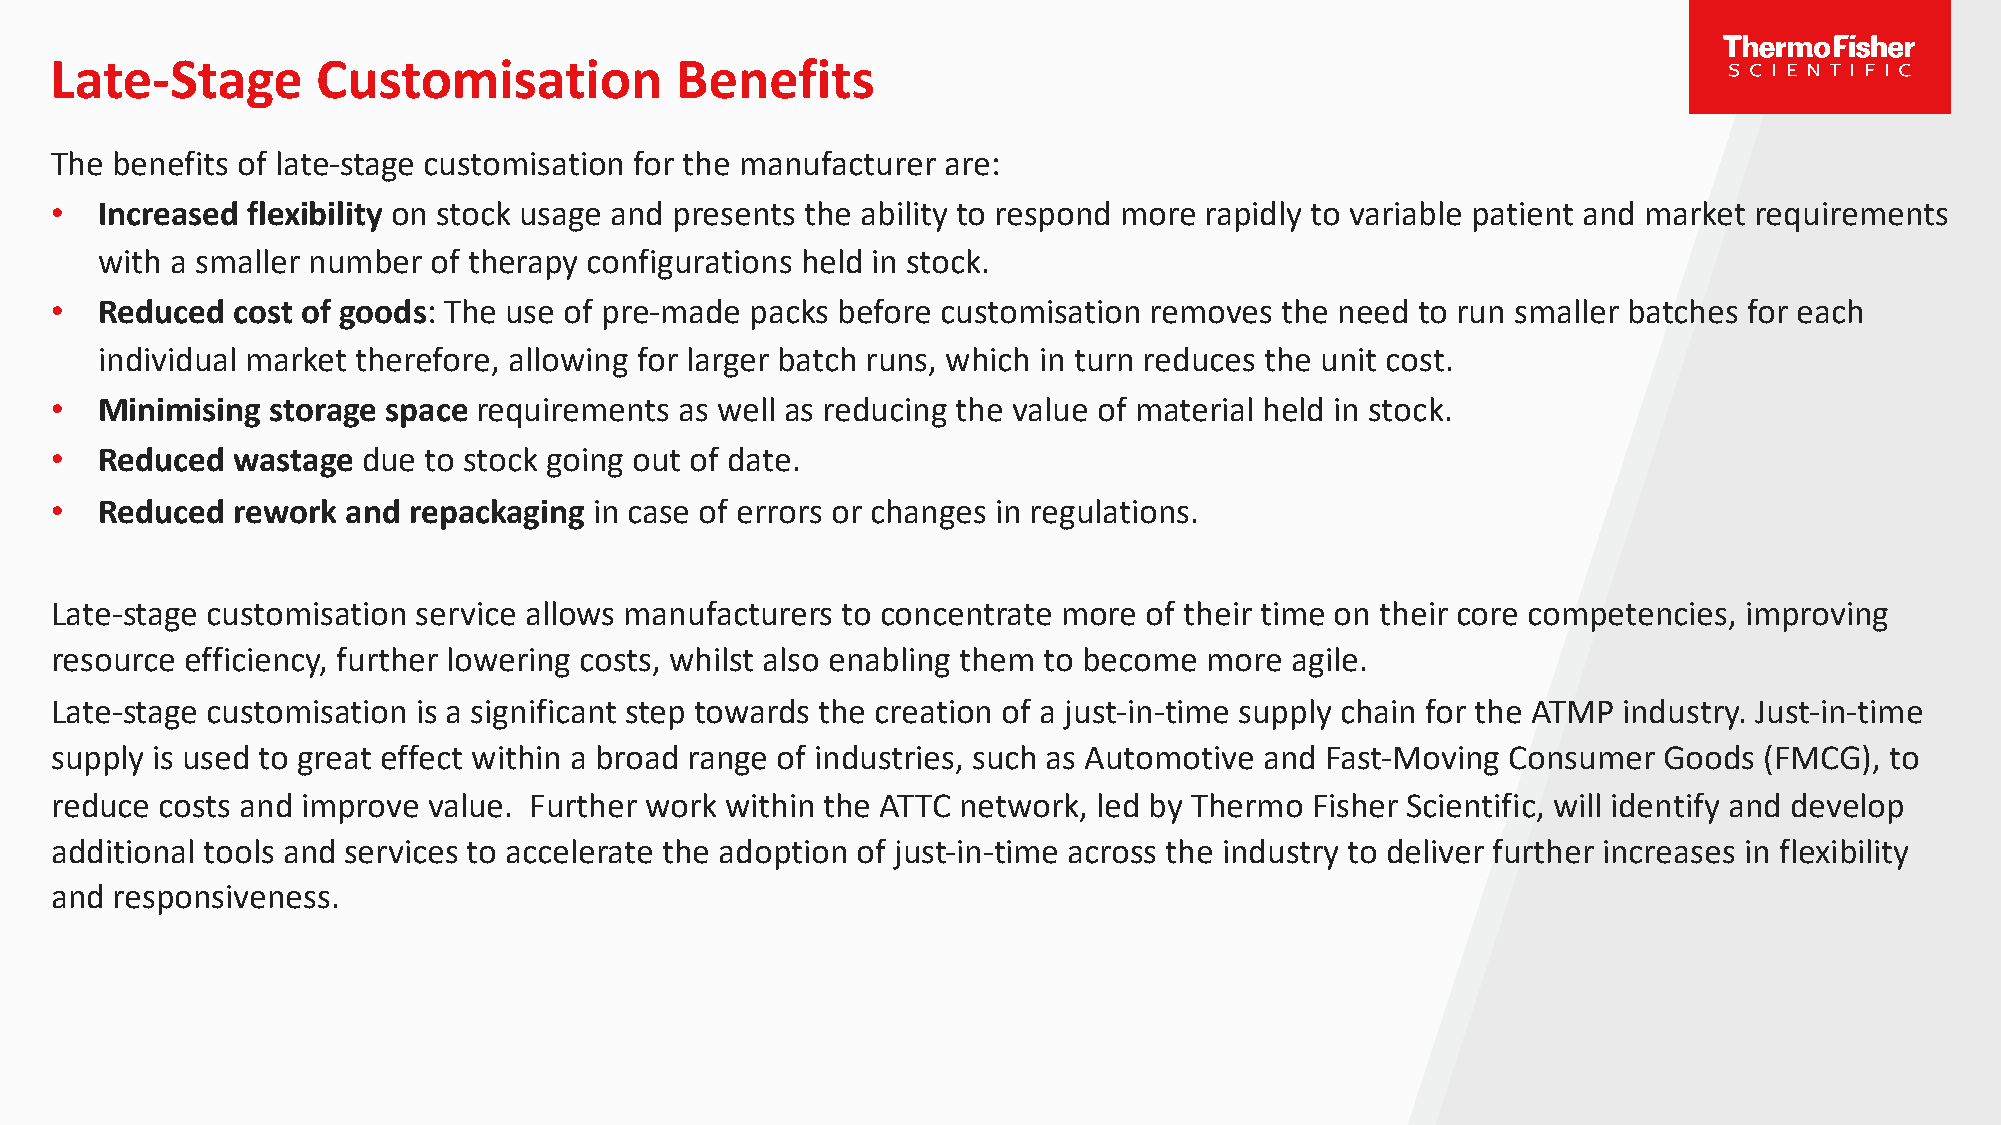
Late-Stage        Customisation           Benefits
 The benefits of late-stage customisation for the manufacturer are:
 •   Increased flexibility on stock usage and presents the ability to respond more rapidly to variable patient and market requirements
 with a smaller number of therapy configurations held in stock.
 •   Reduced cost of goods: The use of pre-made packs before customisation removes the need to run smaller batches for each
 individual market therefore, allowing for larger batch runs, which in turn reduces the unit cost.
 •   Minimising storage space requirements as well as reducing the value of material held in stock.
 •   Reduced wastage  due to stock going out of date.
 •   Reduced rework  and repackaging in case of errors or changes in regulations.
 Late-stage customisation service allows manufacturers to concentrate more of their time on their core competencies, improving
 resource efficiency, further lowering costs, whilst also enabling them to become more agile.
 Late-stage customisation is a significant step towards the creation of a just-in-time supply chain for the ATMP industry. Just-in-time
 supply is used to great effect within a broad range of industries, such as Automotive and Fast-Moving Consumer Goods (FMCG), to
 reduce costs and improve value. Further work within the ATTC network, led by Thermo Fisher Scientific, will identify and develop
 additional tools and services to accelerate the adoption of just-in-time across the industry to deliver further increases in flexibility
 and responsiveness.